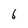
Character: 6